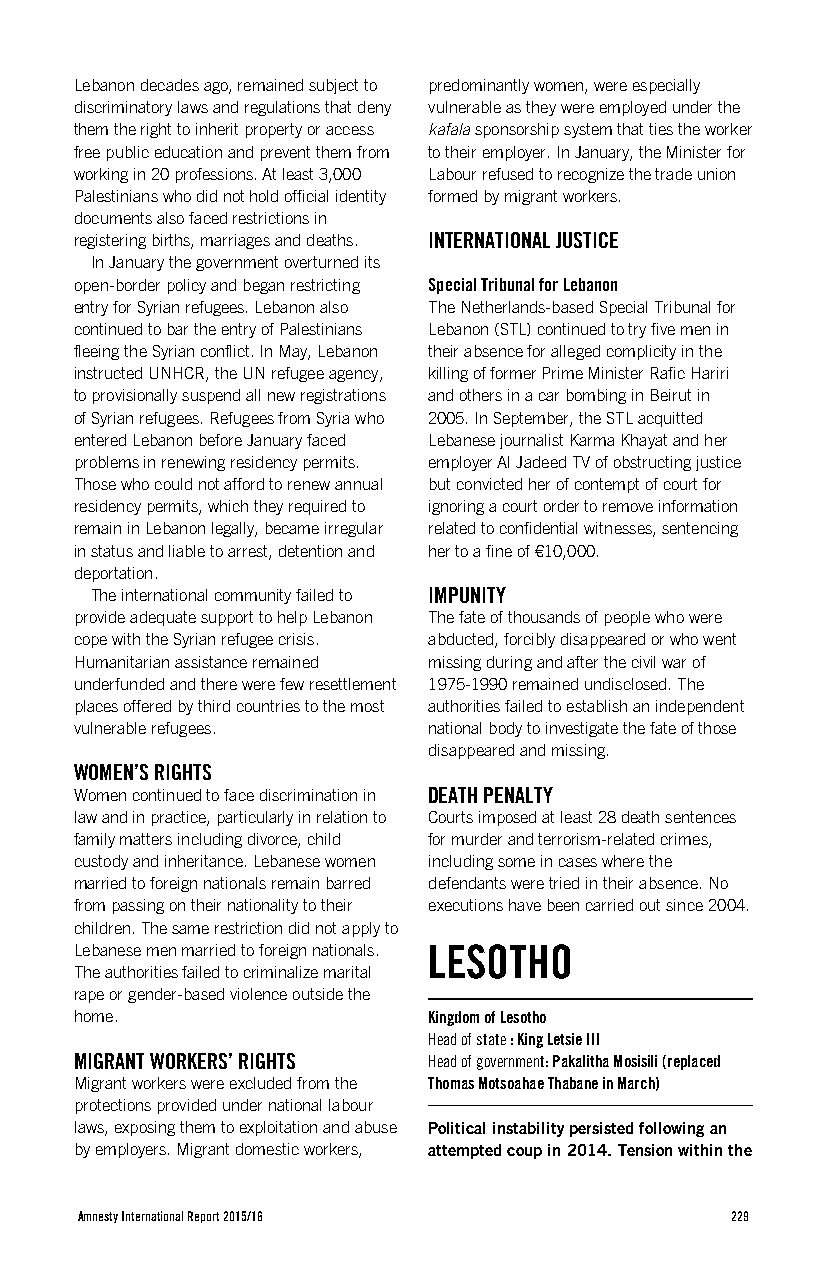
Lebanon decades ago, remained subject to predominantly women, were especially
 discriminatory laws and regulations that deny vulnerable as they were employed under the
 them the right to inherit property or access kafala sponsorship system that ties the worker
 free public education and prevent them from to their employer. In January, the Minister for
 working in 20 professions. At least 3,000 Labour refused to recognize the trade union
 Palestinians who did not hold official identity formed by migrant workers.
 documents also faced restrictions in
 registering births, marriages and deaths. INTERNATIONAL JUSTICE
 In January the government overturned its
 open-border policy and began restricting Special Tribunal for Lebanon
 entry for Syrian refugees. Lebanon also The Netherlands-based Special Tribunal for
 continued to bar the entry of Palestinians Lebanon (STL) continued to try five men in
 fleeing the Syrian conflict. In May, Lebanon their absence for alleged complicity in the
 instructed UNHCR, the UN refugee agency, killing of former Prime Minister Rafic Hariri
 to provisionally suspend all new registrations and others in a car bombing in Beirut in
 of Syrian refugees. Refugees from Syria who 2005. In September, the STL acquitted
 entered Lebanon before January faced Lebanese journalist Karma Khayat and her
 problems in renewing residency permits. employer Al Jadeed TV of obstructing justice
 Those who could not afford to renew annual but convicted her of contempt of court for
 residency permits, which they required to ignoring a court order to remove information
 remain in Lebanon legally, became irregular related to confidential witnesses, sentencing
 in status and liable to arrest, detention and her to a fine of €10,000.
 deportation.
 The international community failed to IMPUNITY
 provide adequate support to help Lebanon The fate of thousands of people who were
 cope with the Syrian refugee crisis. abducted, forcibly disappeared or who went
 Humanitarian assistance remained missing during and after the civil war of
 underfunded and there were few resettlement 1975-1990 remained undisclosed. The
 places offered by third countries to the most authorities failed to establish an independent
 vulnerable refugees.   national body to investigate the fate of those
 disappeared and missing.
 WOMEN’S RIGHTS
 Women continued to face discrimination in DEATH PENALTY
 law and in practice, particularly in relation to Courts imposed at least 28 death sentences
 family matters including divorce, child for murder and terrorism-related crimes,
 custody and inheritance. Lebanese women including some in cases where the
 married to foreign nationals remain barred defendants were tried in their absence. No
 from passing on their nationality to their executions have been carried out since 2004.
 children. The same restriction did not apply to
 Lebanese men married to foreign nationals. LESOTHO
 The authorities failed to criminalize marital
 rape or gender-based violence outside the
 home.                  Kingdom of Lesotho
 Head of state : King Letsie III
 MIGRANT WORKERS’ RIGHTS Head of government: Pakalitha Mosisili (replaced
 Migrant workers were excluded from the Thomas Motsoahae Thabane in March)
 protections provided under national labour
 laws, exposing them to exploitation and abuse Political instability persisted following an
 by employers. Migrant domestic workers, attempted coup in 2014. Tension within the
 Amnesty International Report 2015/16       229